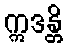
ဣဒန္တိ